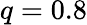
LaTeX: q=0.8